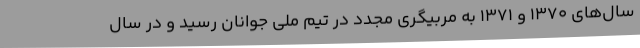
سال‌های 1370 و 1371 به مربیگری مجدد در تیم ملی جوانان رسید و در سال